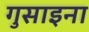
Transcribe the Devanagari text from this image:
गुसाइना